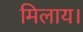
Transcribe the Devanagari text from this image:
मिलाय।